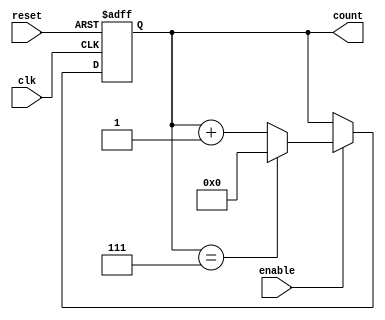
module modulo_n_up_counter (
    input wire clk,
    input wire reset,
    input wire enable,
    output reg [N-1:0] count
);

parameter N = 8; // define the value of N for the counter

always @(posedge clk or posedge reset) begin
    if (reset) begin
        count <= 0;
    end else begin
        if (enable) begin
            if (count == N-1) begin
                count <= 0;
            end else begin
                count <= count + 1;
            end
        end
    end
end

endmodule